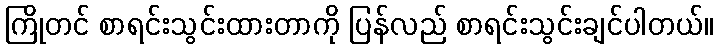
ကြိုတင် စာရင်းသွင်းထားတာကို ပြန်လည် စာရင်းသွင်းချင်ပါတယ်။